[Report on the health of British troops in the Madras command]
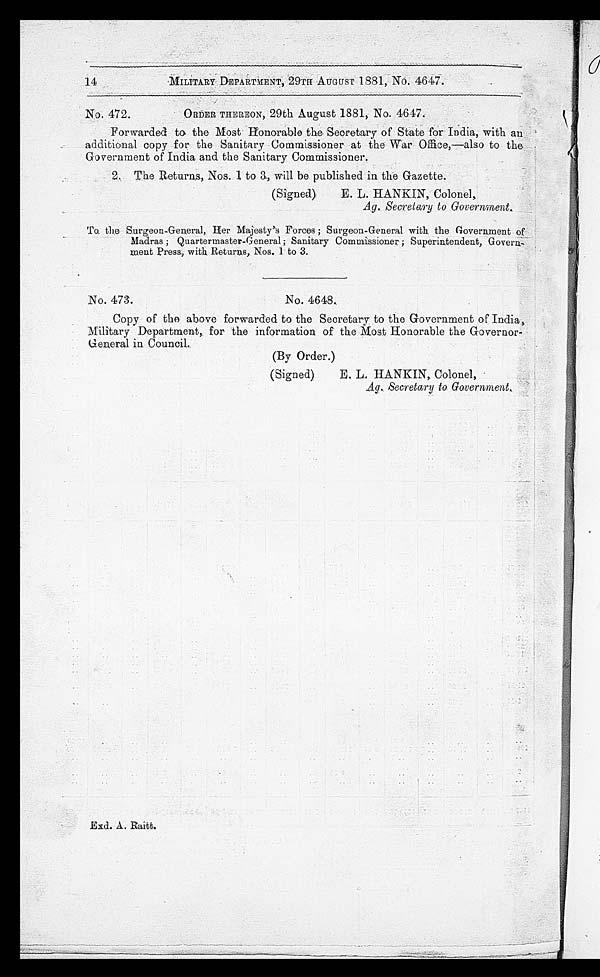
14
MILITARY DEPARTMENT, 29TH AUGUST 1881, No. 4647.
No. 472.
ORDER THEREON, 29th August 1881, No. 4647.
Forwarded to the Most Honorable the Secretary of State for India, with an
additional copy for the Sanitary Commissioner at the War Office,—also to the
Government of India and the Sanitary Commissioner.
2. The Returns, Nos. 1 to 3., will be published in the Gazette.
(Signed)
E. L. HANKIN, Colonel,
Ag. Secretary to Government.
To the Surgeon-General, Her Majesty's Forces; Surgeon-General with the Government of
Madras; Quartermaster-General; Sanitary Commissioner; Superintendent, Govern
-ment Press, with Returns, Nos. 1 to 3.
No. 473.
No. 4648.
Copy of the above forwarded to the Secretary to the Government of India,
Military Department, for the information of the Most Honorable the Governor-
General in Council.
(By Order.)
(Signed)
E. L. HANKIN, Colonel,
Ag. Secretary to Government.
Exd. A. Raitt.